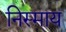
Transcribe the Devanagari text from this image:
निस्माय